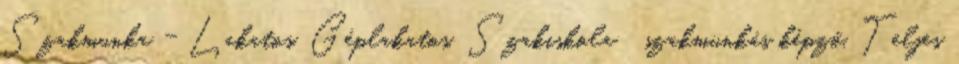
Szakmunka - Lakatos, Géplakatos, Szakiskola szakmunkás képző, Teljes